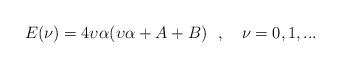
\begin{align*}E(\nu )=4\upsilon \alpha (\upsilon \alpha +A+B)\ \ ,\quad \nu =0,1,...\end{align*}